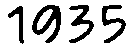
1935